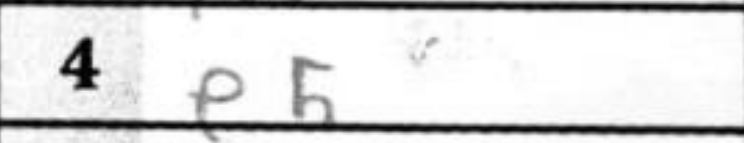
Transcription: e5